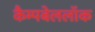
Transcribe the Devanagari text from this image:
कैम्पबेललॉक